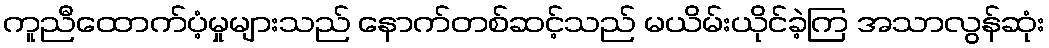
ကူညီထောက်ပံ့မှုများသည် နောက်တစ်ဆင့်သည် မယိမ်းယိုင်ခဲ့ကြ အသာလွန်ဆုံး